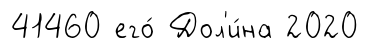
41460 его́ Дол'и́на 2020